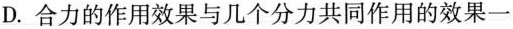
D.合力的作用效果与几个分力共同作用的效果